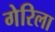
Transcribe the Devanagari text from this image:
गेरिला